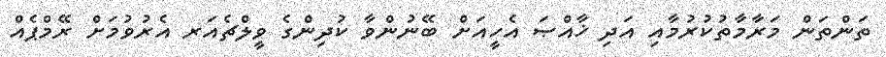
ތަންތަން މަރާމާތުކުރުމާއި އަދި ޚާއްޞަ އެހީއަށް ބޭނުންވާ ކުދިންގެ ވީލްޗެއަރ އެރުވުމަށް ރޭމްޕެއް